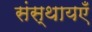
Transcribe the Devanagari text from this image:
संस्थायएँ